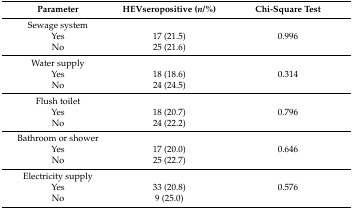
| Parameter | HEVseropositive (n/%) | Chi-Square Test |
 | --- | --- | --- |
 | Sewage system |  |  |
 | Yes | 17 (21.5) | 0.996 |
 | No | 25 (21.6) |  |
 | Water supply |  |  |
 | Yes | 18 (18.6) | 0.314 |
 | No | 24 (24.5) |  |
 | Flush toilet |  |  |
 | Yes | 18 (20.7) | 0.796 |
 | No | 24 (22.2) |  |
 | Bathroom or shower |  |  |
 | Yes | 17 (20.0) | 0.646 |
 | No | 25 (22.7) |  |
 | Electricity supply |  |  |
 | Yes | 33 (20.8) | 0.576 |
 | No | 9 (25.0) |  |